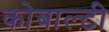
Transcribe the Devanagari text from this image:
कोबाल्टी